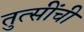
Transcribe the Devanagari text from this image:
तुत्‍सींची